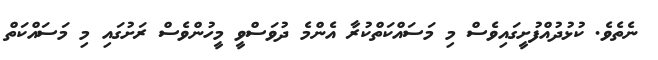
ނެތެވެ. ކުޅުދުއްފުށީގައިވެސް މި މަސައްކަތްކުރާ އެންމެ ދުވަސްވީ މީހުންވެސް ރަށުގައި މި މަސައްކަތް